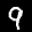
Label: 9